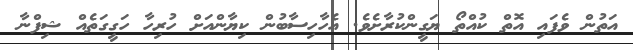
އަތުން ވެފައި އޮތް ކުއްތޯ ޔަގީންކުރާށެވެ. އެހާހިސާބުން ކިޔާންއަށް ހުރިހާ ހަގީގަތެއް ޝިފްނާ